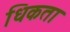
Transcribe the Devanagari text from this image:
धिकता